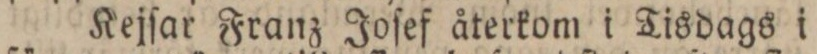
Kejſar Franz Joſef återkom i Tisdags i